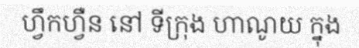
ហ្វឹកហ្វឺន នៅ ទីក្រុង ហាណូយ ក្នុង